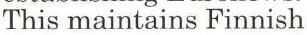
This maintains Finnish